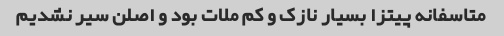
متاسفانه پیتزا بسیار نازک و کم ملات بود و اصلن سیر نشدیم